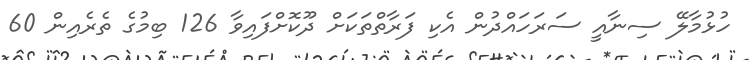
ހުޅުމާލޭ ސިނާއީ ސަރަހައްދުން އެކި ފަރާތްތަކަށް ދޫކޮށްފައިވާ 126 ބިމުގެ ތެރެއިން 60